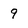
Character: 9